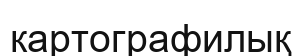
картографилық